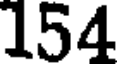
154